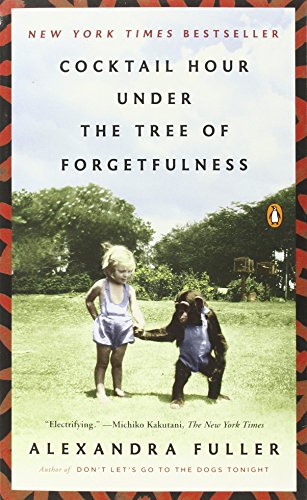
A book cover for Cocktail Hour Under the Tree of Forgetfulness; Alexandra Fuller; Biographies & Memoirs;